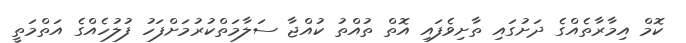
ކޮމް އިމާރާތެއްގެ ދަށުގައި ތާށިވެފައި އޮތް ތުއްތު ކުއްޖާ ސަލާމަތްކުރުމަށްފަހު ފުލުހެއްގެ އަތްމަތީ